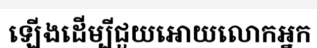
ឡើងដើម្បីជួយអោយលោកអ្នក